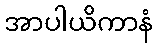
အာပါယိကာနံ